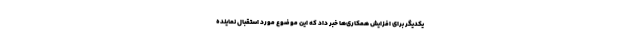
یکدیگر برای افزایش همکاری‌ها خبر داد که این موضوع مورد استقبال نماینده